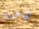
خاصية